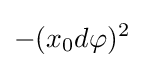
-(x_{0}d\varphi )^{2}